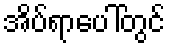
အိပ်ရာပေါ်တွင်